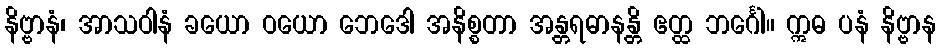
နိဗ္ဗာနံ၊ အာသဝါနံ ခယော ဝယော ဘေဒေါ အနိစ္စတာ အန္တရဓာနန္တိ ဧတ္ထ ဘင်္ဂေါ။ ဣဓ ပနံ နိဗ္ဗာန